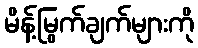
မိန့်မြွက်ချက်များကို